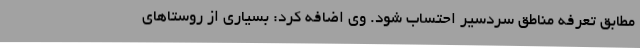
مطابق تعرفه مناطق سردسیر احتساب شود. وی اضافه کرد: بسیاری از روستاهای